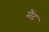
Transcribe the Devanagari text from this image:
मैंद